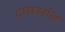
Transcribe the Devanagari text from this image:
ट्रांसवर्सल